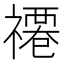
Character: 𮂗